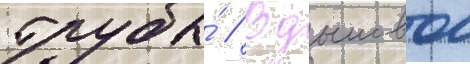
трубы́ // В дымовои